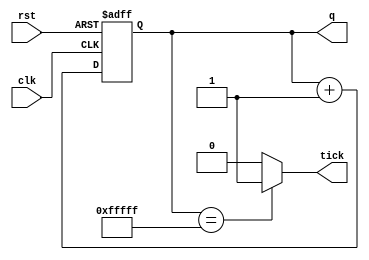
module counter_n
#(parameter BITS = 20)
    
    (
    input clk,
    input rst,
    output tick,
    output [BITS - 1 : 0] q
    );
	 

    // counter register
    reg [BITS - 1 : 0] rCounter = 0;

    // increment or reset the counter
    always @ (posedge clk, posedge rst)
        if (rst)
            rCounter <= 0;
        else
            rCounter <= rCounter + 1;

    // connect counter register to the output wires
    assign q = rCounter;

    // set the tick output
    assign tick = (rCounter == 2 ** BITS - 1) ? 1'b1 : 1'b0;

endmodule